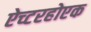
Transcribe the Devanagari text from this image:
ऐच्टरहोएक